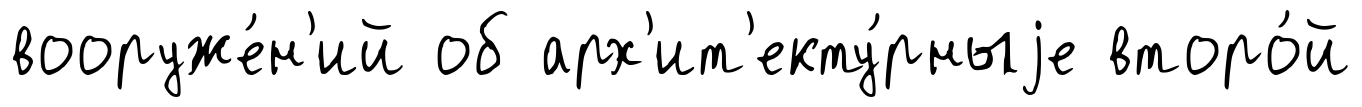
вооруже́н'ий об арх'ит'екту́рныjе второ́й